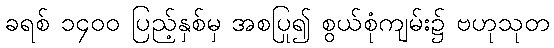
ခရစ် ၁၄၀၀ ပြည့်နှစ်မှ အစပြု၍ စွယ်စုံကျမ်း၌ ဗဟုသုတ